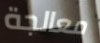
معالجة